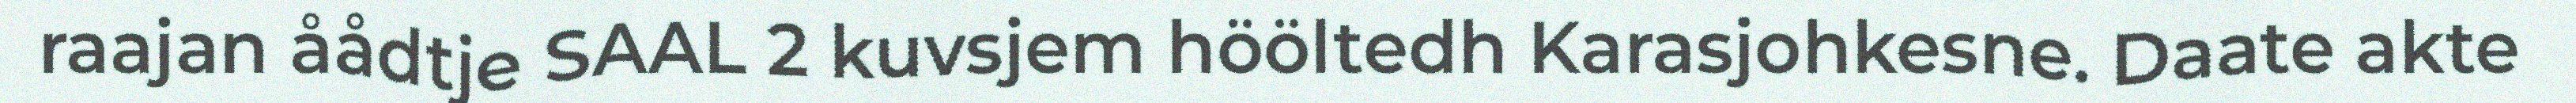
raajan åådtje SAAL 2 kuvsjem hööltedh Karasjohkesne. Daate akte